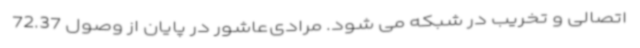
اتصالی و تخریب در شبکه می شود. مرادی‌عاشور در پایان از وصول 72.37